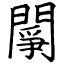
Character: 䦛